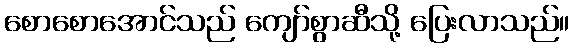
စောစောအောင်သည် ကျော်စွာဆီသို့ ပြေးလာသည်။